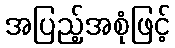
အပြည့်အစုံဖြင့်